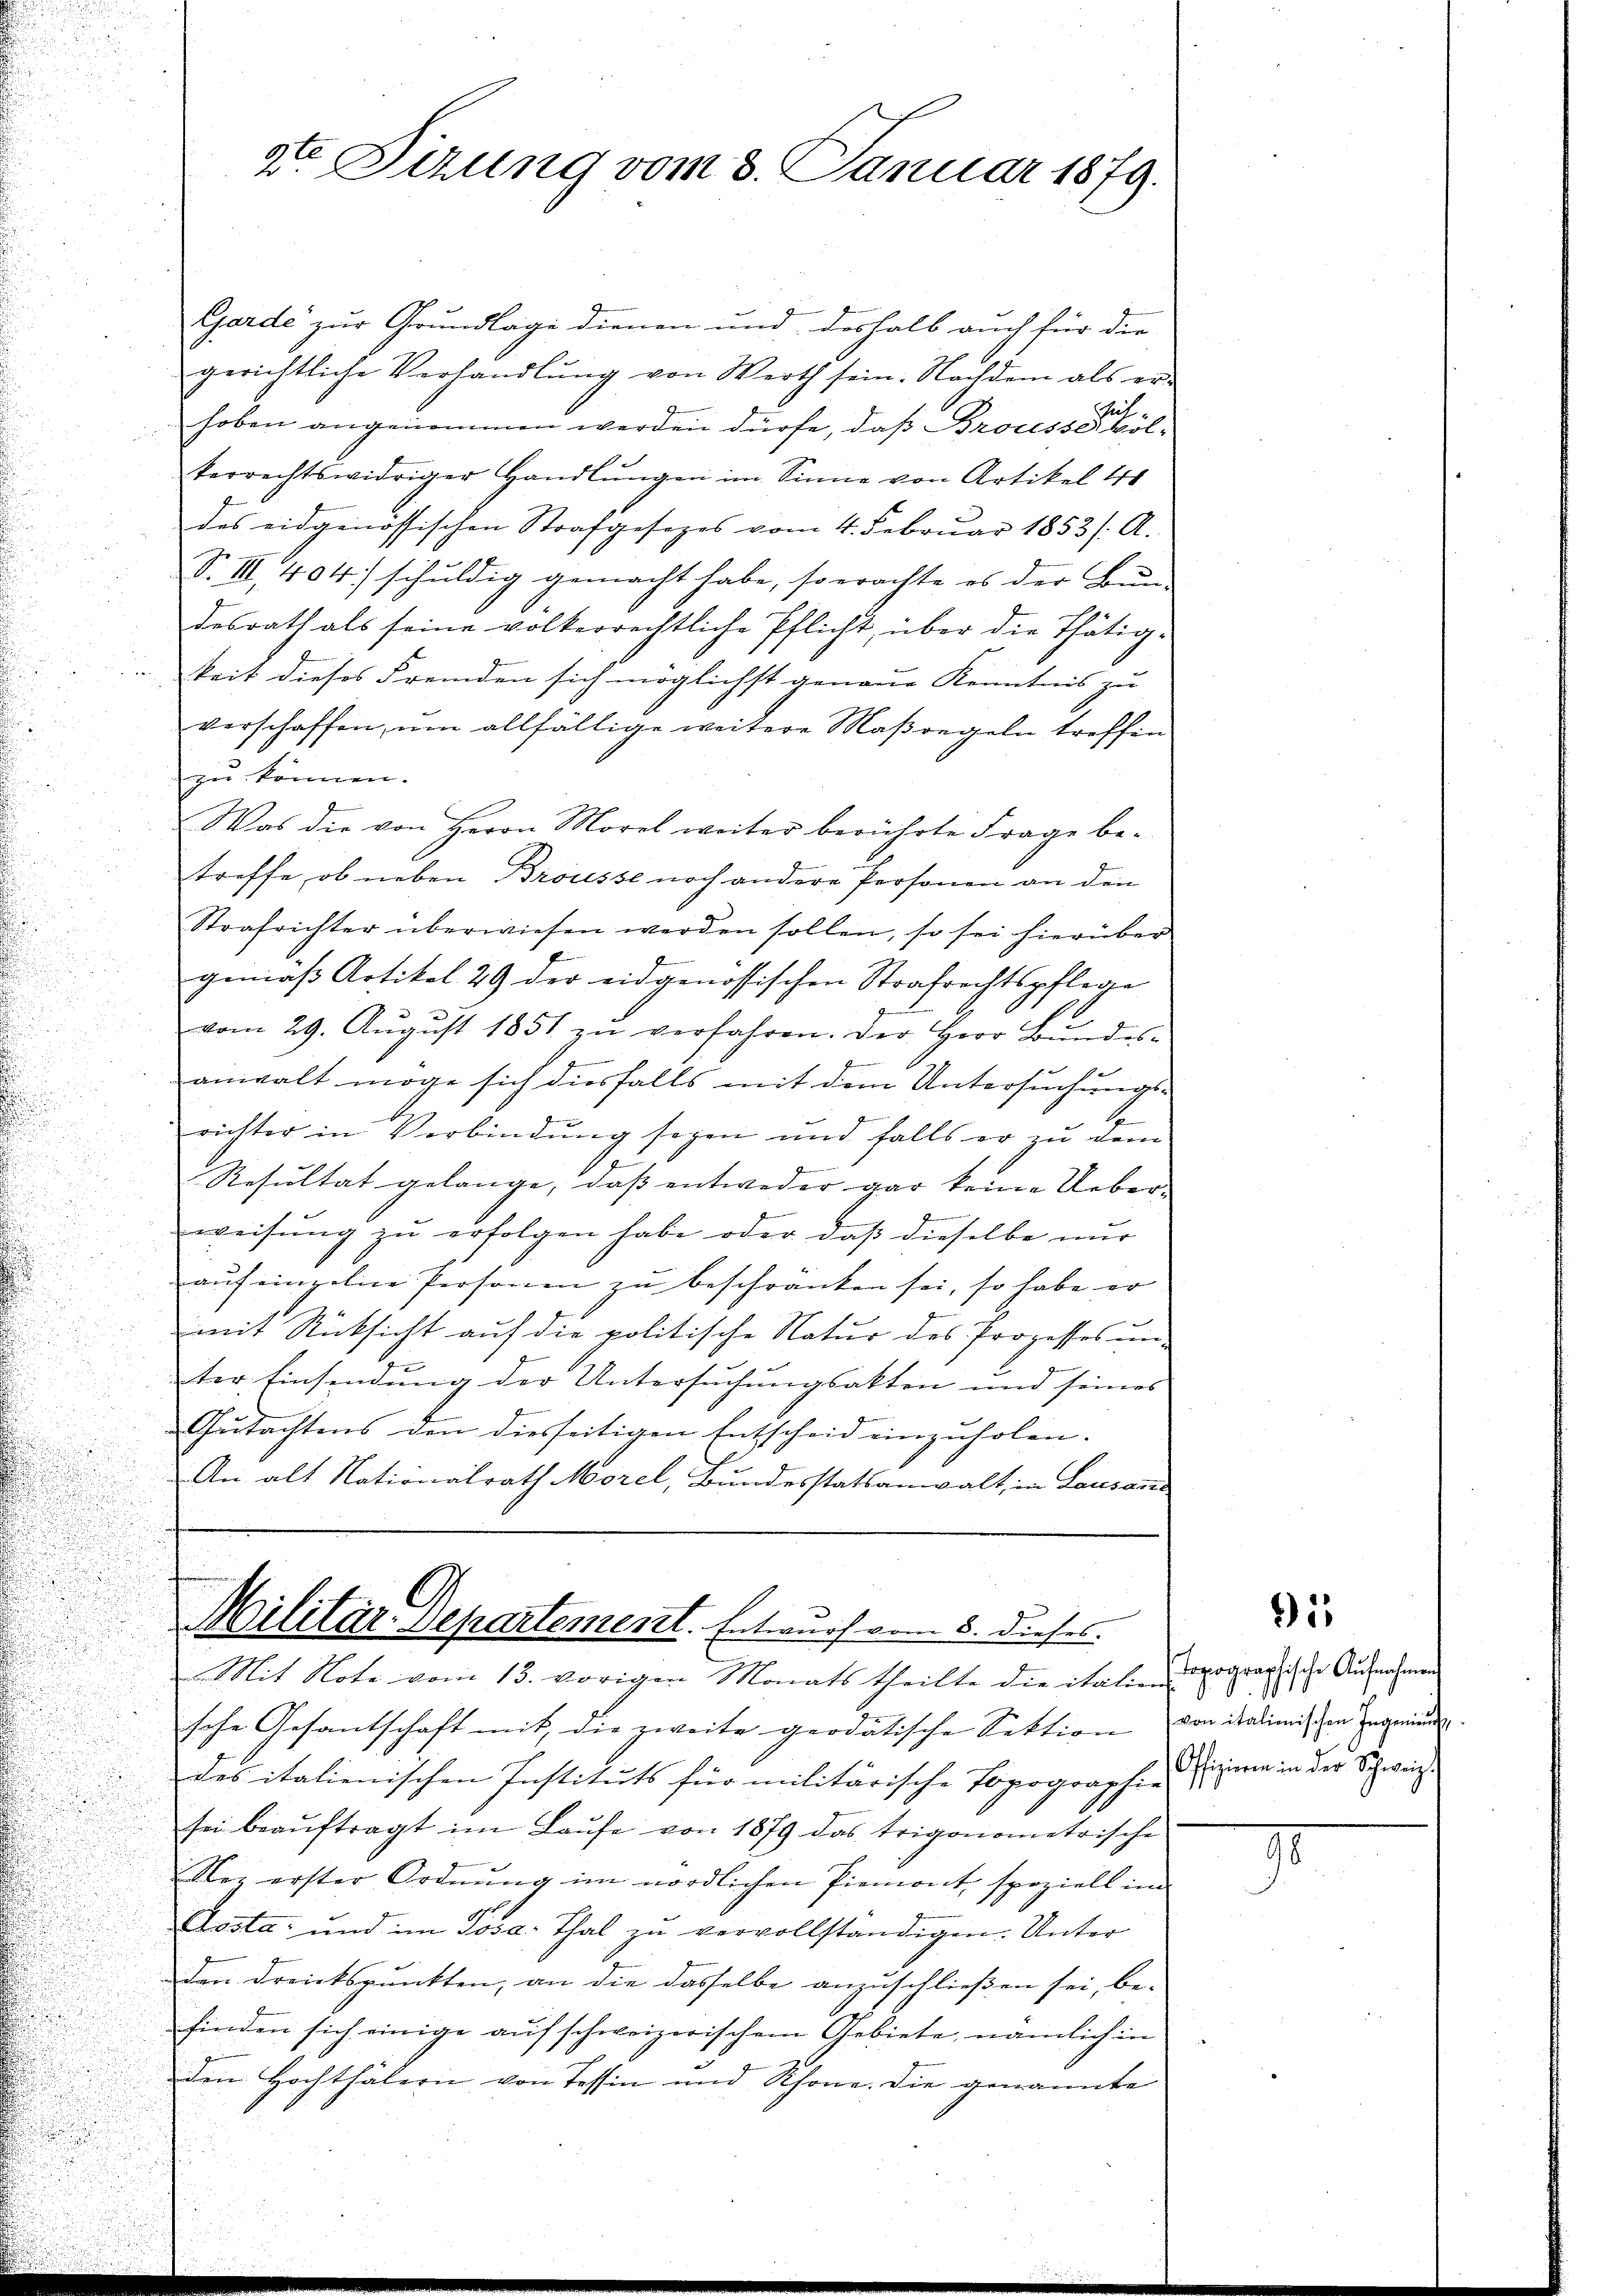
Garde zur Grundlage dienen und deshalb auch für die
gerichtliche Verhandlŭng von Werth sein. Nachdem als er-
hut.
hoben angenommen werden dürfe, daß Brousse völterrechtswidriger Handlŭngen im Sinne von Artikel 40
des eidgenössischen Strafgesezes vom 4. Februar 1853 /: A.
S. III 404) schuldig gemacht habe, so erachte es der Bŭn-
desrath als seine volkerrechtliche Pflicht, über die Thätig-
keit dieses Fremden sich möglichst genaue Kenntnis zu
verschaffen, um allfällige weitere Maßregeln treffen
zu können.
Was die von Herrn Morel weiter berührte Frage be-
treffe, ob neben Broisse noch andere Personen an den
Strafrichter überwiesen werden sollen, so sei hierüber
.
n
gemäß Artikel 29 der eidgenössischen Strafrechtspflege
s
vom 29. Aŭgŭst 1851 zŭ verfahren. Der Herr Bŭndes-
.
anwalt möge sich diesfalls mit dem Untersuchungs-
s
richter in Verbindung sagen und falls er zŭ dem
d
Resultat gelange, dass entweder gar keine Ueber-
n
.
weisŭng zŭ erfolgen habe oder daß dieselbe nur
.
aŭf einzelne Personen zŭ beschranken sei, so habe er
mit Rücksicht auf die politische Natur des Prozesses un-
e
ter Einsendung der Untersuchungsakten und seines
Gutachtens den diesseitigen Entscheid einzuholen. |
An alt Nationalrath Morel, Bundesstatsanwalt, in Lausann
Militar Departement. Entwurf vom 8. dieses.
Mit Note vom 13. vorigen Monats theilte die italien Topographische Aufnahmen

2ten Sizung vom 8. Januar 1879.

sche Gesantschaft mit, die zweite geodätische Sektion von dasimischen Engend
des italienischen Instituts für militärische Topographie
sei beaŭftragt im Laŭfe von 1879 das trigonometrische
Ner erster Ordnung im nördlichen Piemont, speziell im
Aosta und im Posa-Thal zu vervollständigen. Unter
den Dreikspunkten, an die dasselbe anzuschließen sei, be-
finden sich einige auf schweizerischem Gebiete, nämlich in
den Hochthälern von Tessin und Schöne. Die genannte

i

Offizieren in der Schweiz.